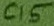
Text: C15